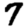
Digit: 7